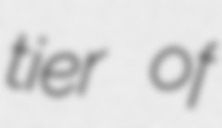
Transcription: tier of